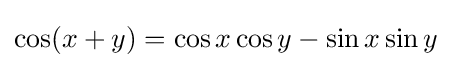
\cos(x+y)=\cos x\cos y-\sin x\sin y